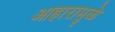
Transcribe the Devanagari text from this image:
आहारामुळे